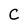
Character: C